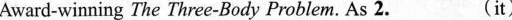
Award-winning The Three-Body Problem. As 2.___(it)